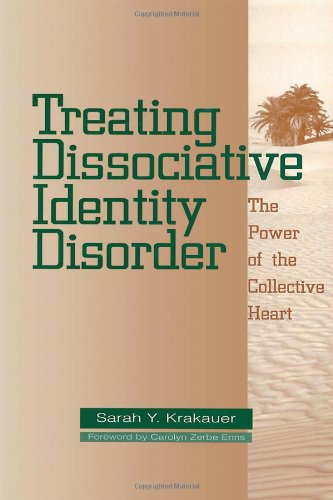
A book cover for Treating Dissociative Identity Disorder: The Power of the Collective Heart; Sarah Y. Krakauer; Health, Fitness & Dieting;